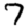
Digit: 7